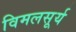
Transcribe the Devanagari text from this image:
विमलसूर्य